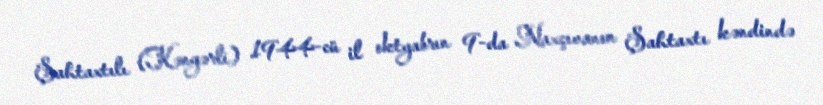
Şahtaxtılı (Kəngərli) 1944-cü il oktyabrın 9-da Naxçıvanın Şahtaxtı kəndində